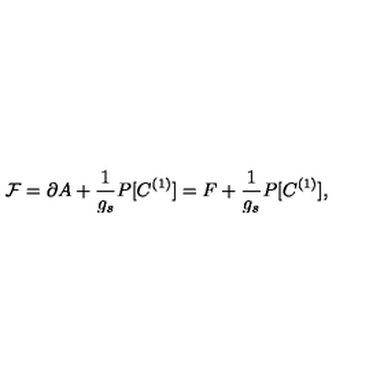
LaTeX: { \cal F } = \partial A + \frac { 1 } { g _ { s } } P [ C ^ { ( 1 ) } ] = F + \frac { 1 } { g _ { s } } P [ C ^ { ( 1 ) } ] ,